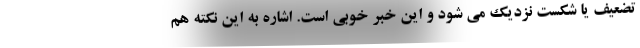
تضعیف یا شکست نزدیک می شود و این خبر خوبی است. اشاره به این نکته هم